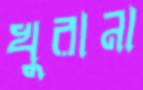
খুরানা